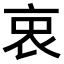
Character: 𧘼